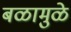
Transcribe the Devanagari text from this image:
बळामुळे